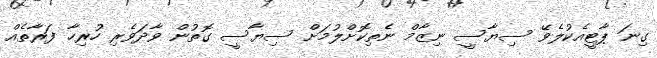
ގިނަ ޕާޓީއެކުލެވޭ ސިޔާސީ ނިޒާމް ނެތިކޮށްލުމަށް ސިޔާސީ ގޮތުން ވާދަވެރި ހުރިހާ ފަރާތެއް